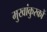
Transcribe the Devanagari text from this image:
मुखांकुरकों